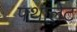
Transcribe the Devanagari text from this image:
फ्थालेट